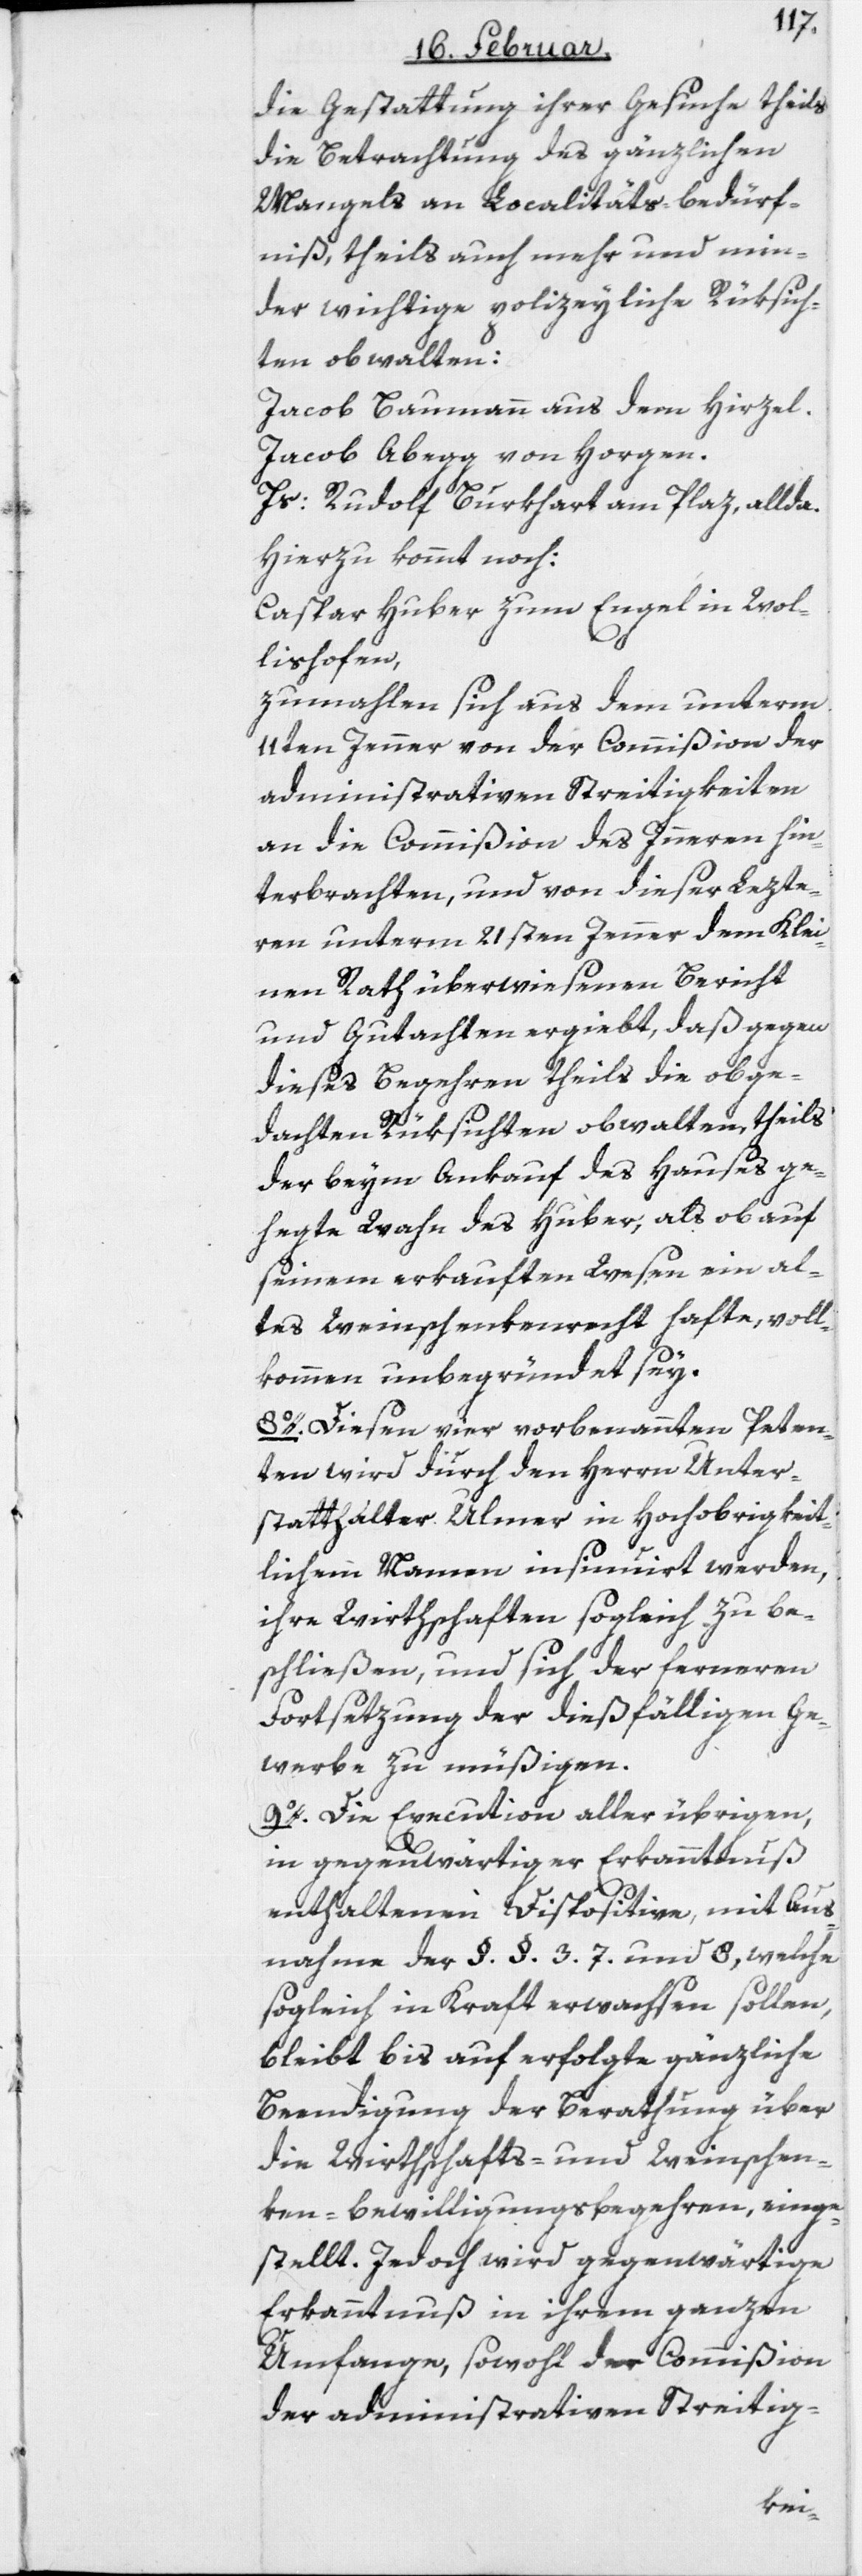
die Gestattung ihrer Gesuche theils
die Betrachtung des gänzlichen
Mangels an Localitäts-Bedürf¬
niß, theils auch mehr und min¬
der wichtige polizeyliche Rüksich¬
ten obwalten:
Jacob Baumann, aus dem Hirzel.
Jacob Abegg von Horgen.
Js: Rudolf Burkhart am Plaz allda.
Hierzu kommt noch:
Caspar Huber zum Engel in Wol¬
lishofen,
zumahlen sich aus dem unterm
11ten Jenner von der Commißion der
administrativen Streitigkeiten
an die Commißion des Inneren hin¬
terbrachten, und von dieser Lezte¬
ren unterm 21sten Jenner dem Klei¬
nen Rath überwiesenen Bericht
und Gutachten ergiebt, daß gegen
dieses Begehren theils die obge¬
dachten Rüksichten obwalten, theils
der beym Ankauf des Hauses ge¬
hegte Wahn des Huber, als ob auf
seinem erkauften Wesen ein al¬
tes Weinschenkenrecht hafte, voll¬
kommen unbegründet sey.
8o. Diesen vier vorbenannten Peten¬
ten wird durch den Herrn Unter¬
statthalter Ulmer in Hochobrigkeit¬
lichem Namen insinuiert werden,
ihre Wirthschaften sogleich zu be¬
schließen, und sich der ferneren
Fortsetzung der dießfälligen Ge¬
werbe zu müßigen.
9o. Die Execution aller übrigen,
in gegenwärtiger Erkanntnuß
enthaltenen Dispositive, mit Aus¬
nahme der §. §. 3.[,] 7. und 8, welche
sogleich in Kraft erwachsen sollen,
bleibt bis auf erfolgte gänzliche
Beendigung der Berathung über
die Wirthschafts- und Weinschen¬
ken-Bewilligungsbegehren, einge¬
stellt. Jedoch wird gegenwärtige
Erkanntnuß in ihrem ganzen
Umfange, sowohl der Commißion
der administrativen Streitig-